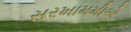
સરખામમીએ